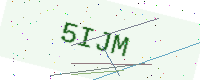
Text: 5IJM